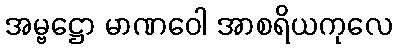
အမ္ဗဋ္ဌော မာဏဝေါ အာစရိယကုလေ